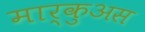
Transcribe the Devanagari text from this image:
मार्कुअस